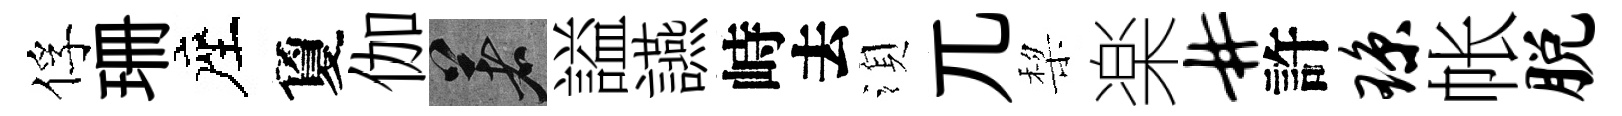
俘珊座夐伽著謚讌峙去湏兀棃楽#許琼帐脱